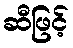
ဆီဖြင့်